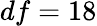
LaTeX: df=18